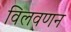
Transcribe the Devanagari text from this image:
विलवणन